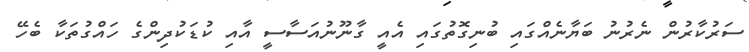
ސަރުކާރުން ނެރުނު ބަޔާނެއްގައި ބުނިގޮތުގައި އެއީ ގާނޫނުއަސާސީ އާއި ކުޑަކުދިންގެ ހައްގުތަކާ ބެހޭ